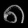
Digit: ၈